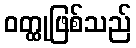
ဝတ္ထုဖြစ်သည်